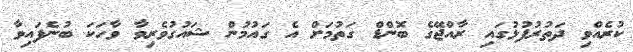
ކުރެއްވި ދަތުރުފުޅުގައި ރާއްޖޭގެ ބޮންޑް ގަތުމަށް އެ ގައުމުން ޝައުގުވެރިވާ ވާހަކަ ބުނެފައިވާ